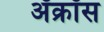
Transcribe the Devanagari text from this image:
ॲक्रॉस